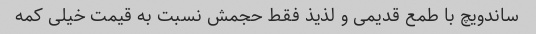
ساندویچ با طمع قدیمی و لذیذ فقط حجمش نسبت به قیمت خیلی کمه